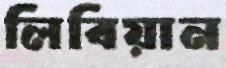
লিবিয়ান